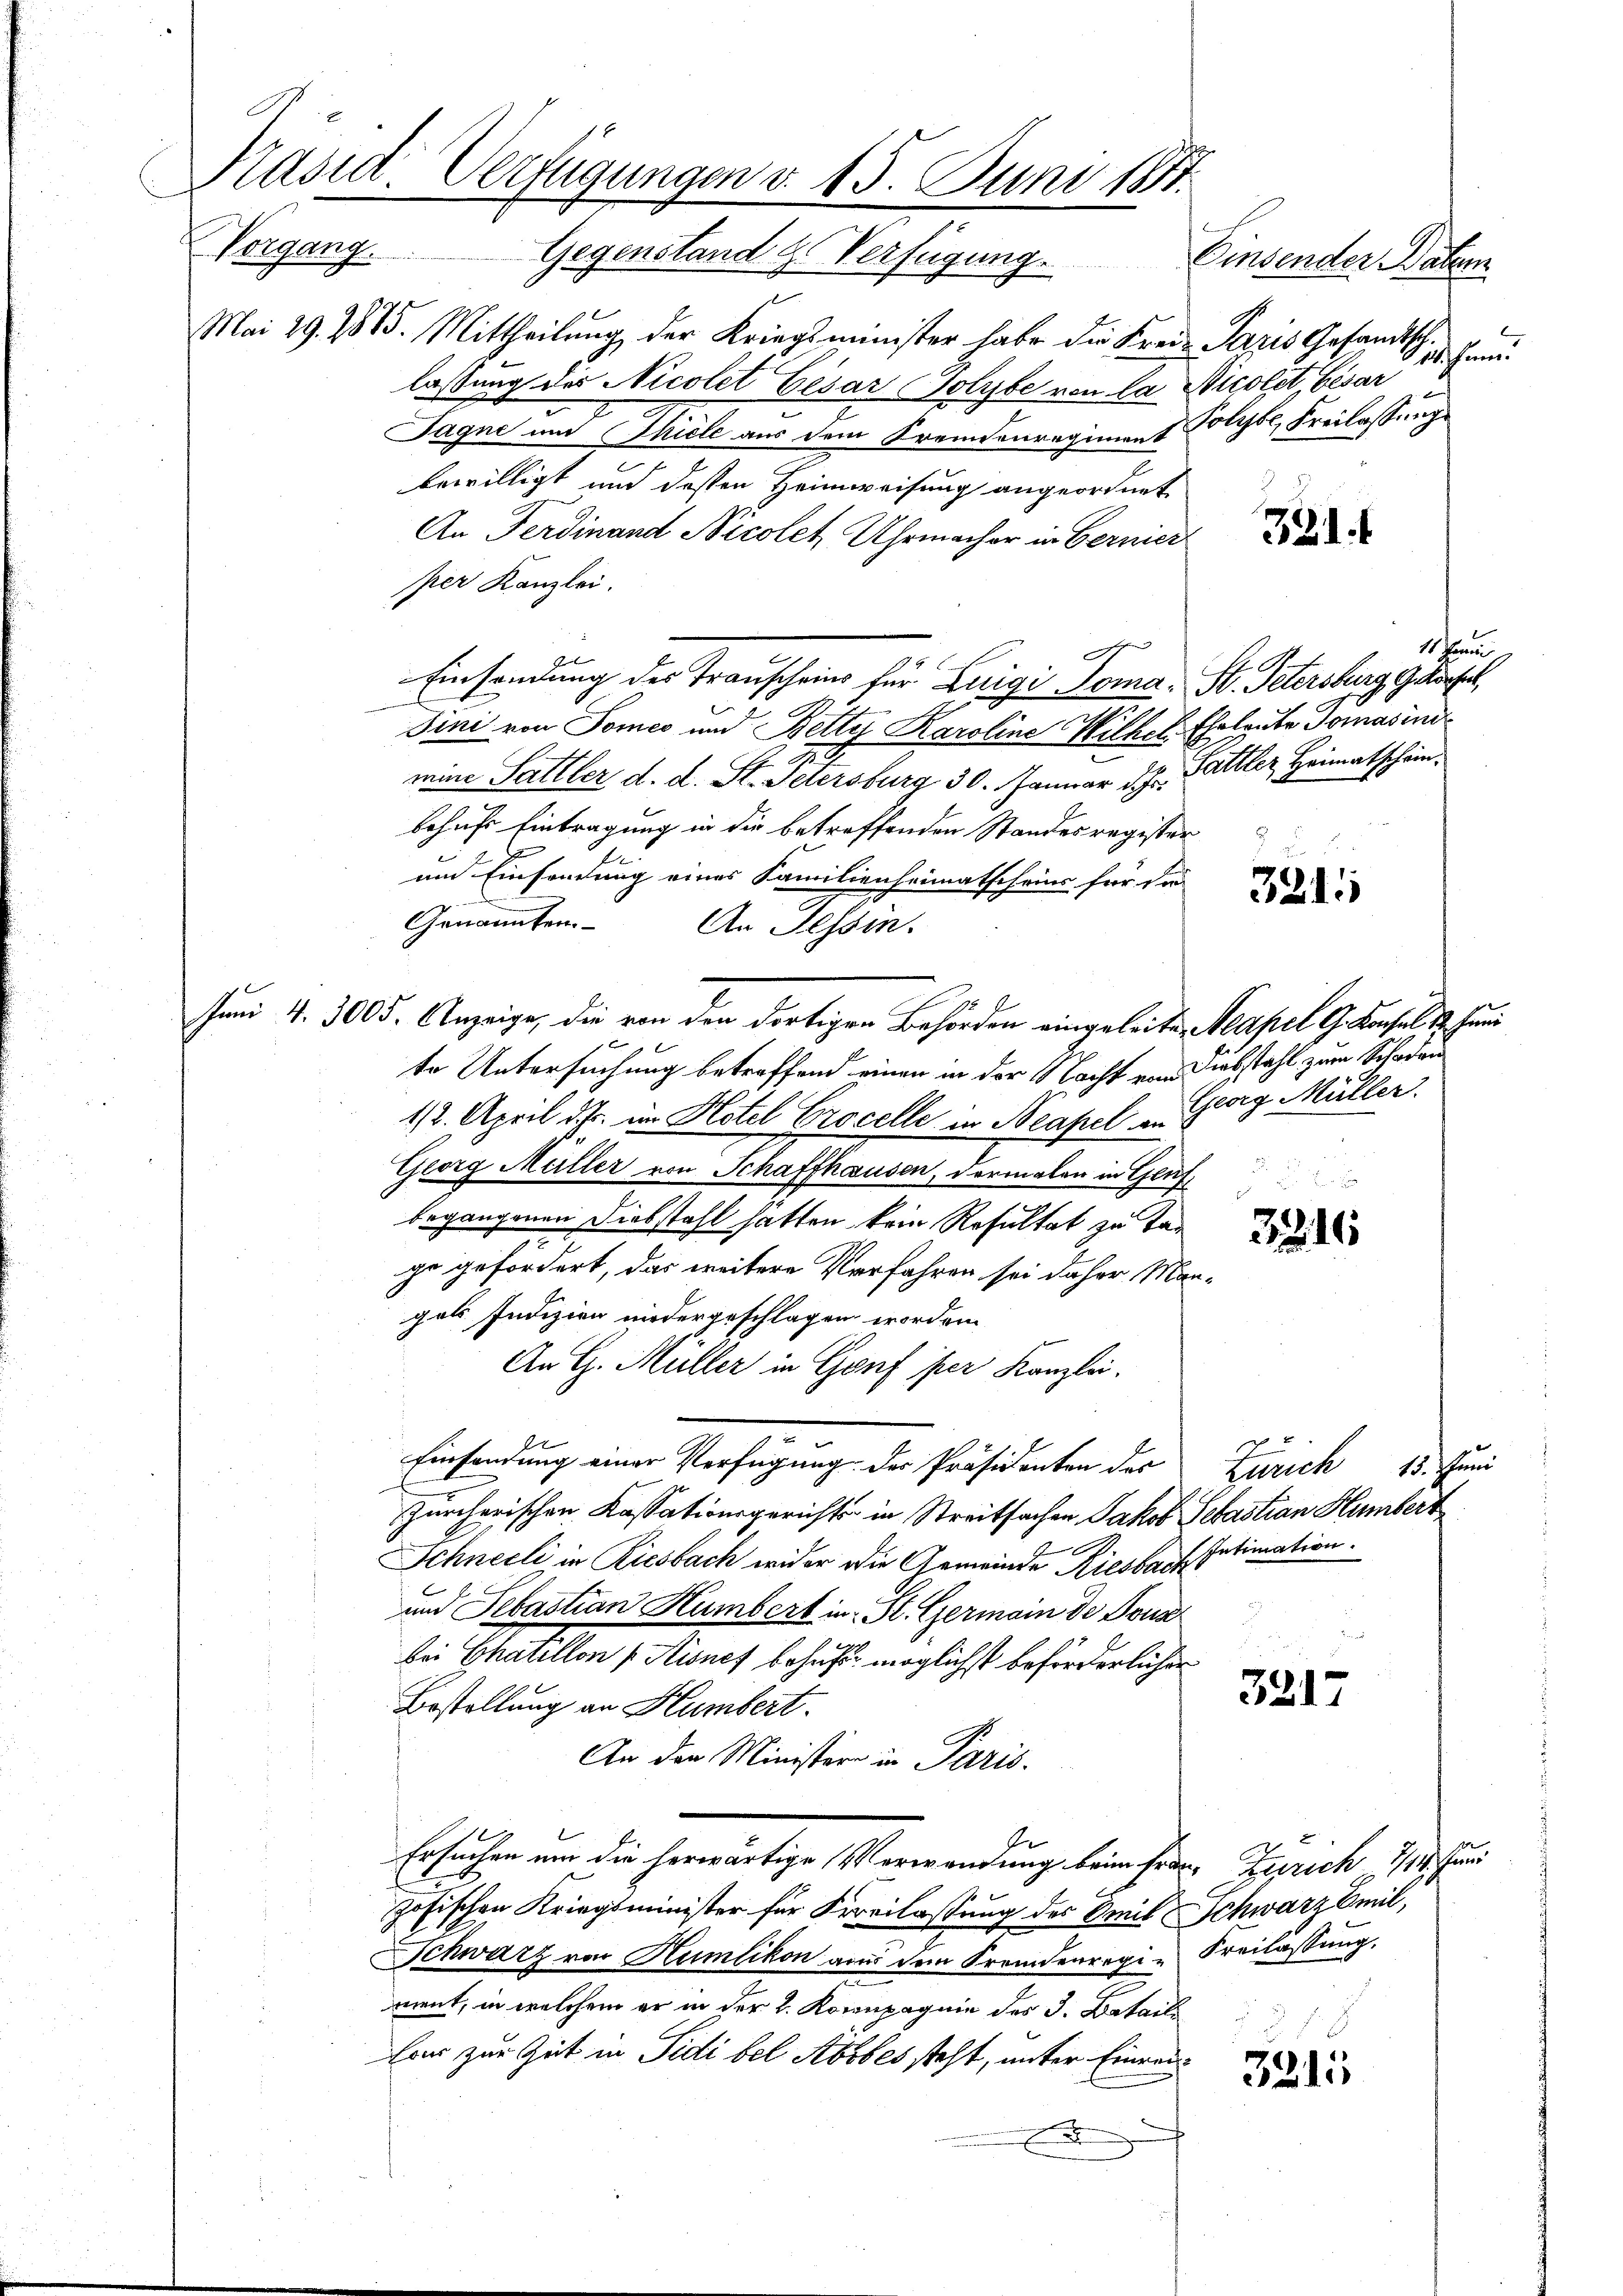
Käsia. Verfügungen v. 15. Juni 1871.
Vorgang. Gegenstand g. Verfügung. Einsender Batem

Mai 29. 1885. Mittheilung der Kriegsminister habe die Frei- Paris Gesandtsch.
lassung der Nicolet Gesar Polybe von la Nicolet, besar
Tagne und Thiele aus dem Fremdenregiment Polyte, Freilassung
bewilligt und dessen Heimweisung angeordnet
An Ferdinand Nicolet Uhrmacher in Bernier
per Kanzlei.
e
g
Einsammlung des Transchein für Luigi Noma-St. Petersburg geset
s
Jini von Tomes um Bette Karoline Wilhel. Eheleute Tomasind
mine Sattler d. d. St. Petersburg 30. Januar d. J. Galler Heimatschein
behufs Eintragung in die betreffenden Standesregister
um Einsendung eines Familienheimatscheins für die
Genannten
An Tessin.
2
Juni 4. 3005. Anzeige, die von den dortigen Behörden eingeleiten Neapel G. Konsul 1. Juni
te Untersuchung betreffend einen in der Nacht von abstahl zum Schadau
1/2. April d. Js. im Hotel Procelle in Neapel Georg Müller.
Georg Müller von Schaffhausen, dermalen in Genf,
begangenen Diebstahl hatten kein Resultat zu tag
ge gefördert, das weitere Verfahren sei daher Mangals Indizien niedergeschlagen worden
An G. Müller in Genf per Kanzlei.
Einsendung einer Verfügung der Präsidenten der Zürich 15. Juni
Zürcherischen Kassationsgerichts in Streitsachen Jakob Sebastian Humbert
Schneeli in Riesbach wider die Gemeinde Riesbach Intimation.
und Sebastian Humbert in St. Germain de Doua
bei Chatellon Aisnef behufs möglichst beförderlicher
Bestellung an Humbert.
An den Minister in Paris.
Ersuchen um die herwärtige Verwendung beim Frau, Zürich 114. Juni
zösischen Kriegsminister für Freilassung des mit Schwarz mit,
Schwarz von Humlikon aus dem Fremdenrepi-Freilassung.
ment, in welchem er in der 2. Kornpagnie des J. Batail
fon zur Zeit in Fidi bel Abobes steht, unter Einrei
.

2
114. Jan.

11 ka

2

3217

321